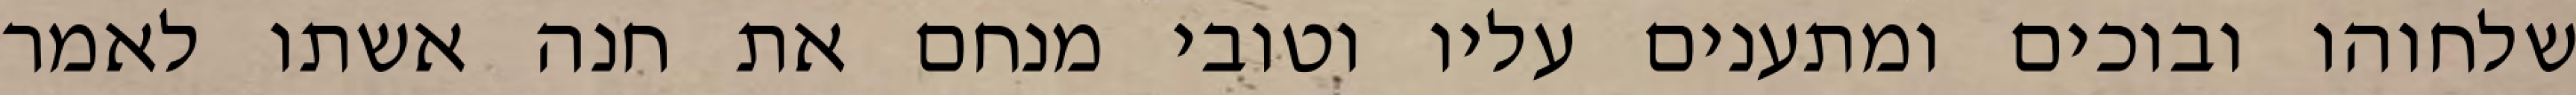
שלחוהו ובוכים ומתענים עליו וטובי מנחם את חנה אשתו לאמר